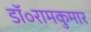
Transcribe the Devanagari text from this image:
डॉ॰रामकुमार